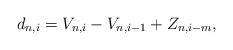
LaTeX: \begin{align*}d_{n,i} = V_{n,i} - V_{n,i-1} +Z_{n,i-m},\end{align*}